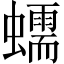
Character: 蠕